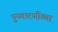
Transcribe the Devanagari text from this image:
पुष्करणीच्या